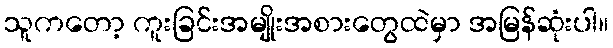
သူကတော့ ကူးခြင်းအမျိုးအစားတွေထဲမှာ အမြန်ဆုံးပါ။